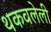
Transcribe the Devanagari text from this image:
थकवलेली